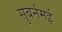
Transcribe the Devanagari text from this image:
सुबर्नमई